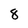
Character: 8